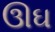
ઊઘ